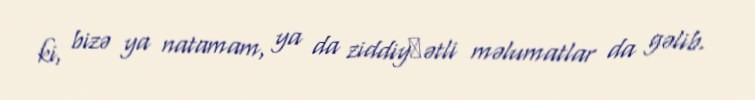
ki, bizə ya natamam, ya da ziddiyнətli məlumatlar da gəlib.